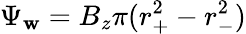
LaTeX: \Psi_{\mathbf{w}}=B_{z}\pi(r_{+}^{2}-r_{-}^{2})